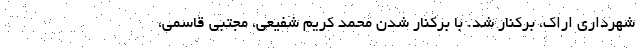
شهرداری اراک، برکنار شد. با برکنار شدن محمد کریم شفیعی، مجتبی قاسمی،